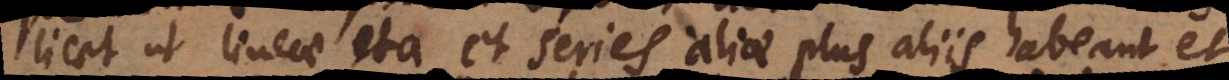
icet ut lineae ita et series aliae plus aliis habeant et